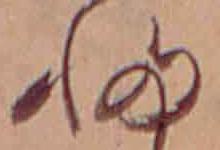
ふ